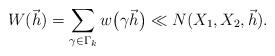
LaTeX: \begin{align*} W(\vec{h})=\sum_{\gamma\in \Gamma_k} w\big(\gamma \vec{h}\big)\ll N(X_1,X_2,\vec{h}).\end{align*}